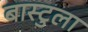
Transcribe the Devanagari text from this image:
बास्टुला